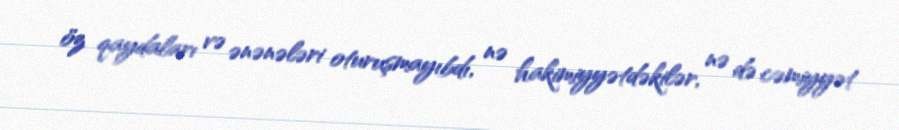
öz qaydaları və ənənələri oturuşmayıbdı, nə hakimiyyətdəkilər, nə də cəmiyyət